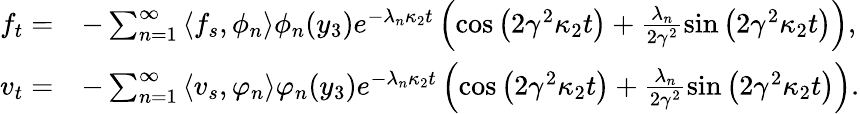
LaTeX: \begin{array}{rl}{f_{t}=}&{-\sum_{n=1}^{\infty}\left\langle f_{s},\phi_{n}\right\rangle\phi_{n}(y_{3})e^{-\lambda_{n}\kappa_{2}t}\left(\cos\left(2\gamma^{2}\kappa_{2}t\right)+\frac{\lambda_{n}}{2\gamma^{2}}\sin\left(2\gamma^{2}\kappa_{2}t\right)\right),}\\ {v_{t}=}&{-\sum_{n=1}^{\infty}\left\langle v_{s},\varphi_{n}\right\rangle\varphi_{n}(y_{3})e^{-\lambda_{n}\kappa_{2}t}\left(\cos\left(2\gamma^{2}\kappa_{2}t\right)+\frac{\lambda_{n}}{2\gamma^{2}}\sin\left(2\gamma^{2}\kappa_{2}t\right)\right).}\end{array}